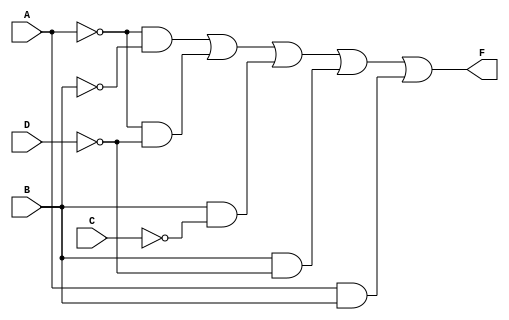
module kmap_4_var (
    input wire A,  // Input variable A
    input wire B,  // Input variable B
    input wire C,  // Input variable C
    input wire D,  // Input variable D
    output wire F  // Output result
);

// Simplified Boolean expression based on the K-map
assign F = (~A & ~B) | (~A & ~D) | (B & ~C) | (B & ~D) | (A & B);

endmodule